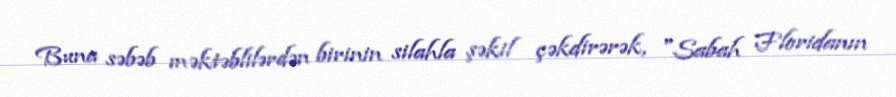
Buna səbəb məktəblilərdən birinin silahla şəkil çəkdirərək, "Sabah Floridanın